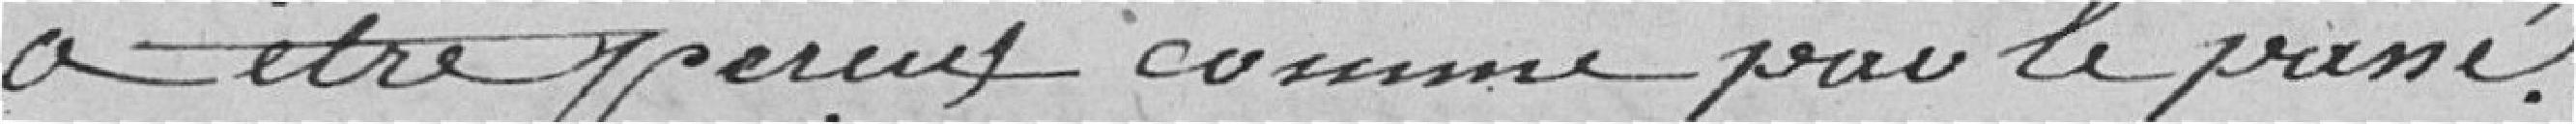
à être perçu comme par le passé